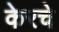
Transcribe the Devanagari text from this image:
केरचे